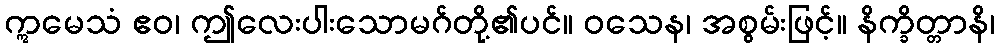
ဣမေသံ ဧဝ၊ ဤလေးပါးသောမဂ်တို့၏ပင်။ ဝသေန၊ အစွမ်းဖြင့်။ နိက္ခိတ္တာနိ၊